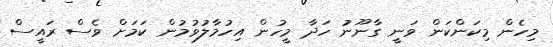
މިހެން މިކަންކަން ވަނީ ގާނޫނުު ހަދާ މީހުން އިހުމާލުވުމުން ކަމަށް ވެސް ރައީސް